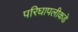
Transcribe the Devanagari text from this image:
परिघापलीकडे